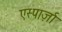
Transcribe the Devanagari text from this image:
एस्पार्ज़ा